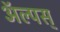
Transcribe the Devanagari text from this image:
ॲल्पस्